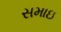
સમાઇ